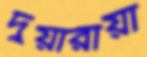
দুয়ারীয়া